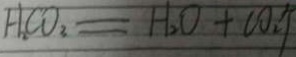
H _ { 2 } C O _ { 3 } = H _ { 2 } O + C O _ { 2 } \uparrow